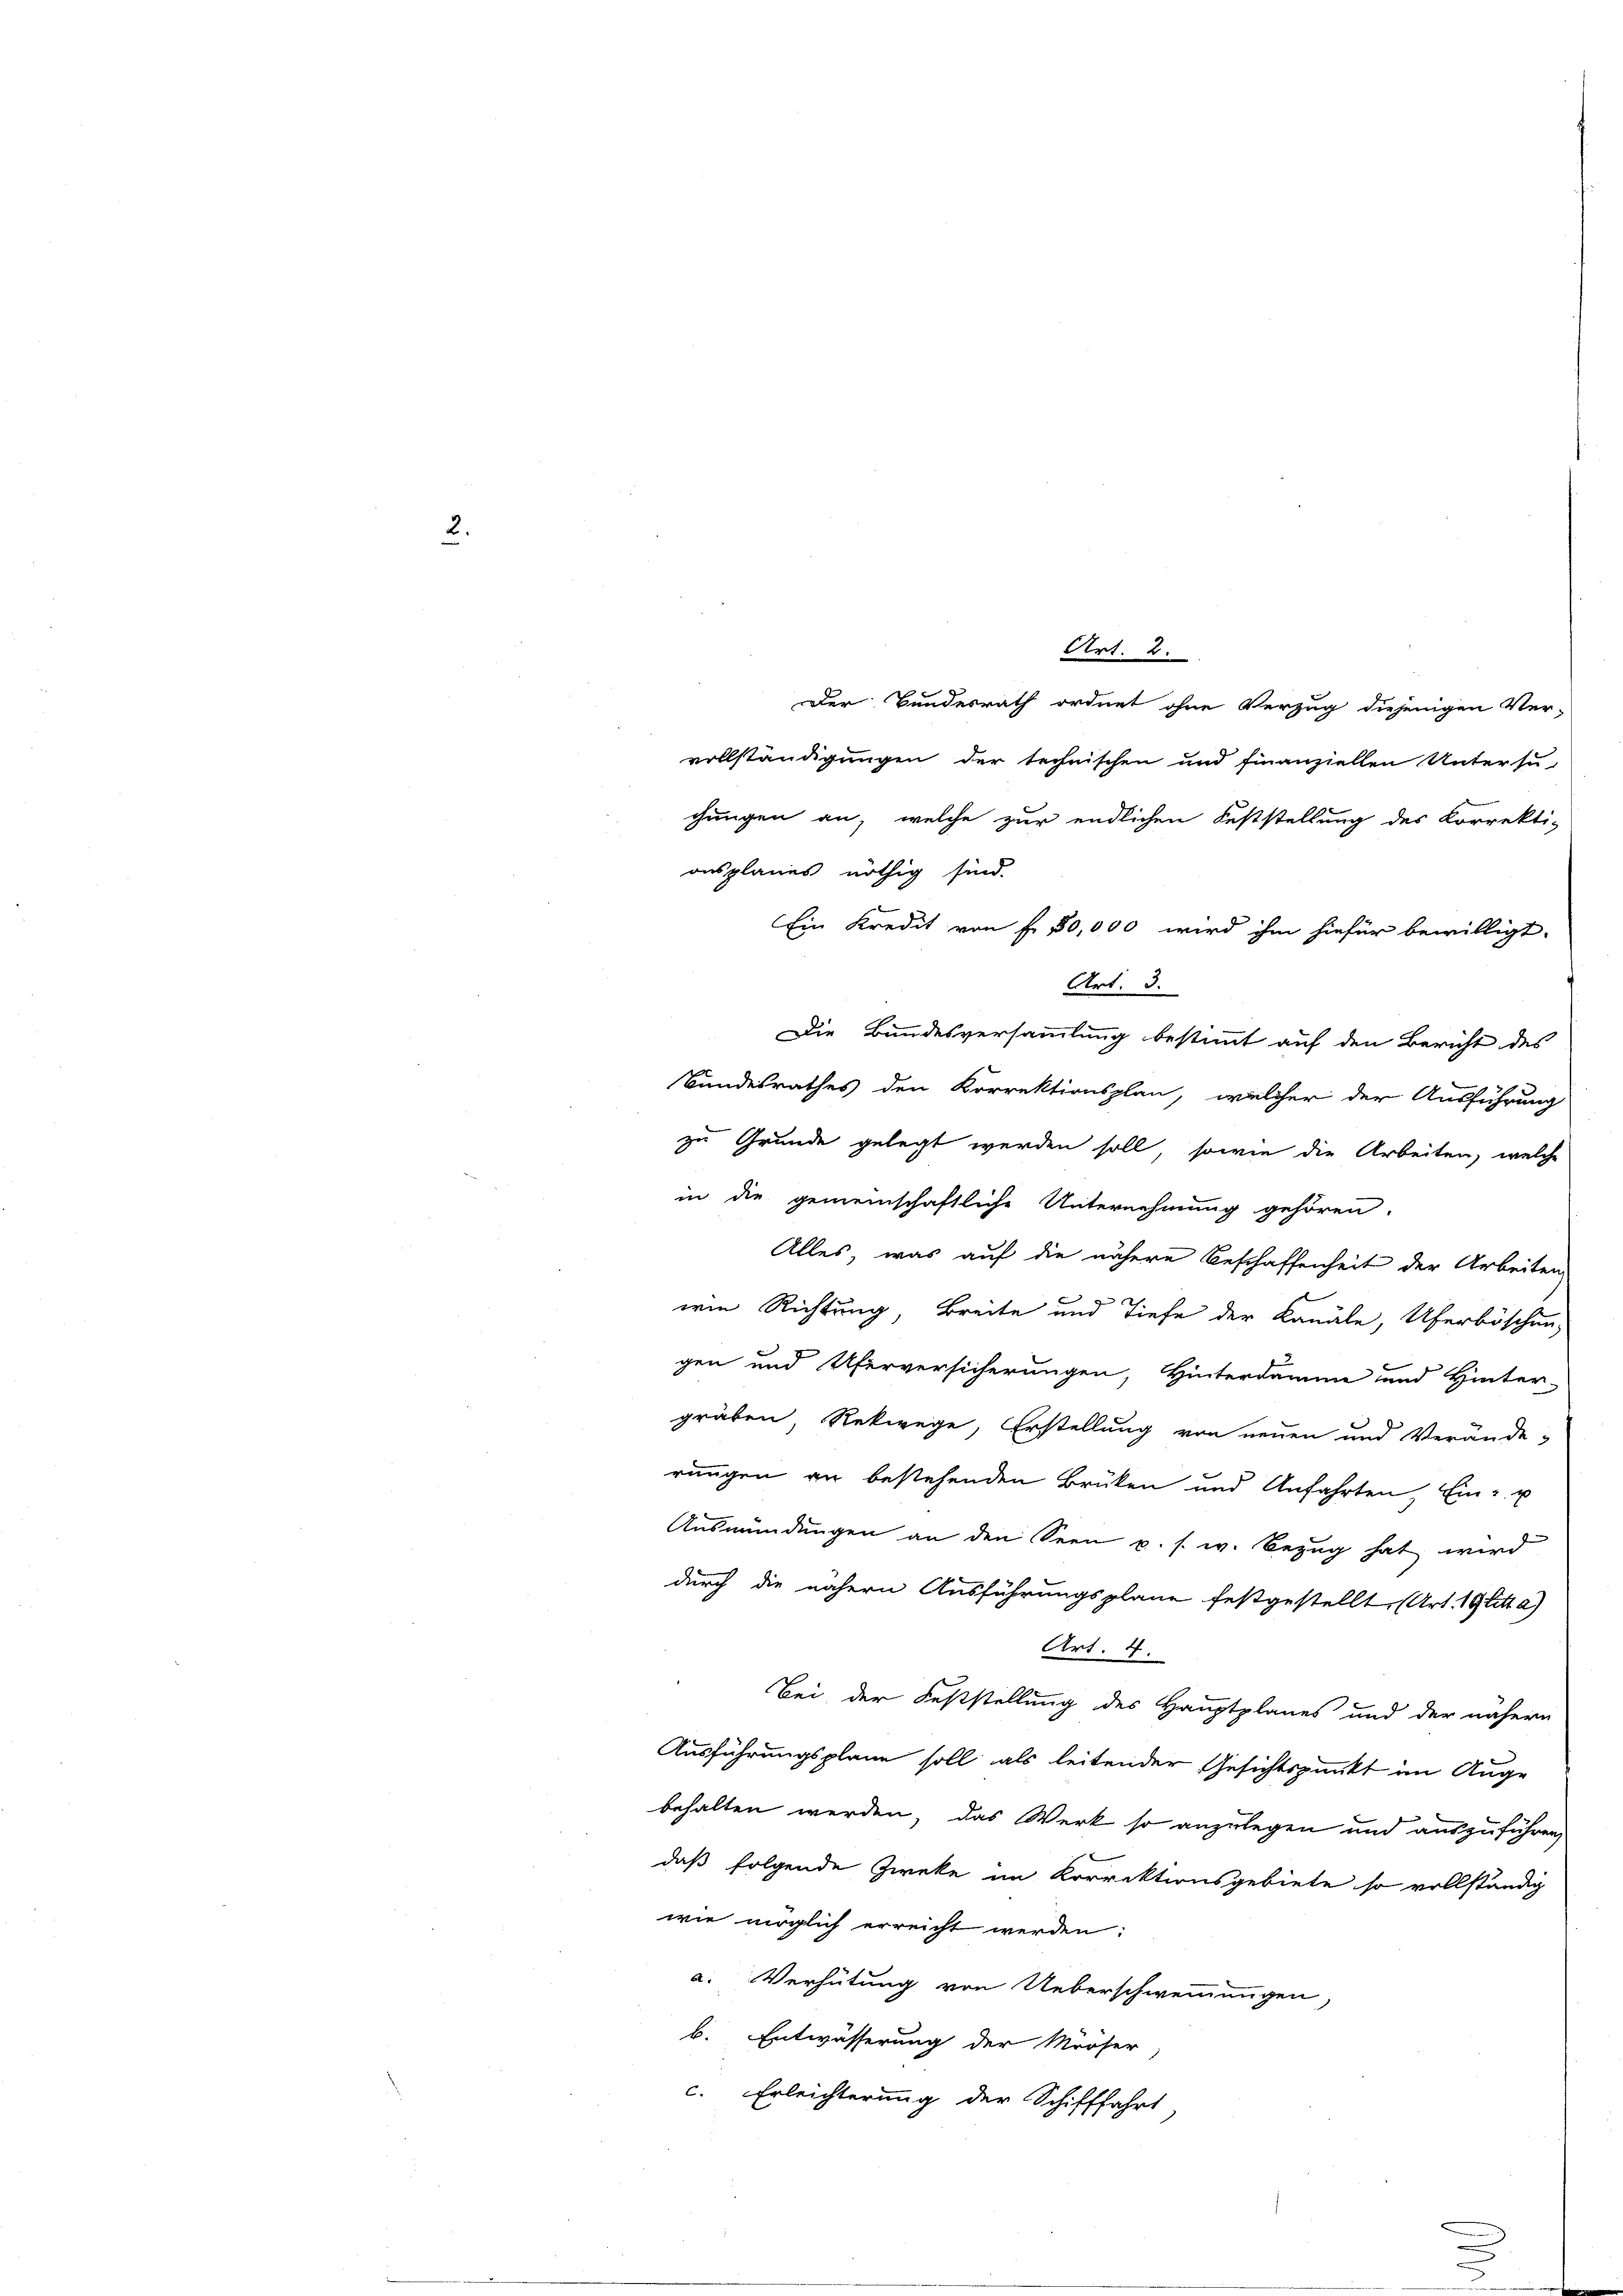
2.

Art: 2.
Der Bundesrath ordnet ohne Verzug diejenigen Ver-
vollständigungen der technischen und finanziellen Untersu-
chungen an, welche zur endlichen Feststellung des Korrekti-
onsplanes nöthig sind.
Ein Kredit von fr. 80,000 wird ihm hiefür bewilligt.
Art. 3.

Die Bundesversammlung bestimmt auf den Bericht des
Bundesrathes den Korrektionsplan, welcher der Ausführung
zu Grunde gelegt werden soll, sowie die Arbeiten, welche
in die gemeinschaftliche Unternehmung gehören.
Alles, was auf die nähere Beschaffenheit der Arbeiten
wie Richtung, Breite und Tiefe der Kanäle, Uferböschen,
gen und Uferversicherungen, Hinterdamme und Hinter-
gräben Rekwege, Erstellung von neuen und Verände-
rungen an bestehenden Brüken und Anfahrten, Ein- u
Ausmündungen an den Seen u. s. w. Bezug hat wird
durch die nähern Ausführungsplane festgestellt (Art. 19 litt a)
Art. 4.
Bei der Feststellung des Hauptplanes und der nähern
Ausführungsplane soll als leitender Gesichtspunkt im Auge
behalten werden, das Werk so anzulegen und auszuführen,
daß folgende Zweke im Korrektionsgebiete so vollständig
wie möglich erreicht werden:
a. Verhütung von Ueberschwemmungen
b. Entwässerung der Mööser
c. Erleichterung der Schifffahrt